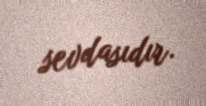
sevdasıdır.